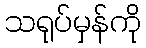
သရုပ်မှန်ကို